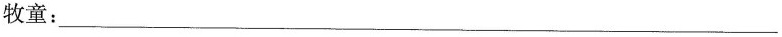
牧童：___